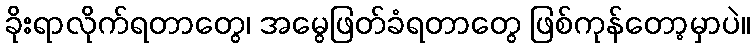
ခိုးရာလိုက်ရတာတွေ၊ အမွေဖြတ်ခံရတာတွေ ဖြစ်ကုန်တော့မှာပဲ။